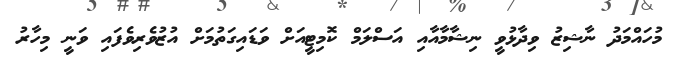
މުހައްމަދު ނާޝިޒު ވިދާޅުވީ ނިޝާމާއާއި އަސްލަމް ކޮމިޓީއަށް ވަޑައިގަތުމަށް އުޒުވެރިވެފައި ވަނީ މިހާރު